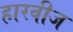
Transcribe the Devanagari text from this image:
हारवीज